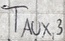
Text: TAUX,3